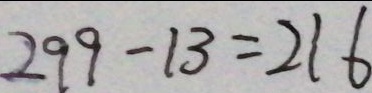
2 9 9 - 1 3 = 2 1 6